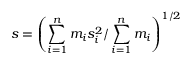
s = \left( \sum _ { i = 1 } ^ { n } m _ { i } s _ { i } ^ { 2 } / \sum _ { i = 1 } ^ { n } m _ { i } \right) ^ { 1 / 2 }